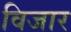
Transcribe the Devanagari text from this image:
विजार